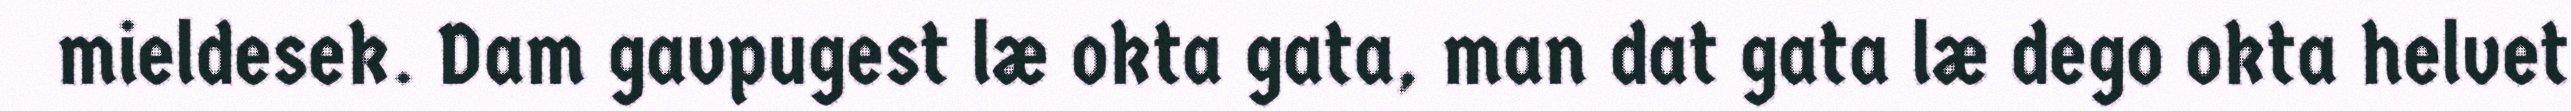
mieldesek. Dam gavpugest læ okta gata, man dat gata læ dego okta helvet